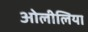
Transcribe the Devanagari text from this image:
ओलीलिया